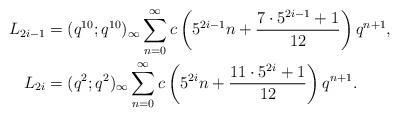
LaTeX: \begin{align*}L_{2i-1}&=(q^{10};q^{10})_\infty \sum_{n=0}^\infty c\left(5^{2i-1}n+\frac{7\cdot 5^{2i-1}+1}{12} \right)q^{n+1}, \\L_{2i}&=(q^2;q^2)_\infty \sum_{n=0}^\infty c\left(5^{2i}n+\frac{11\cdot 5^{2i}+1}{12} \right)q^{n+1}. \end{align*}